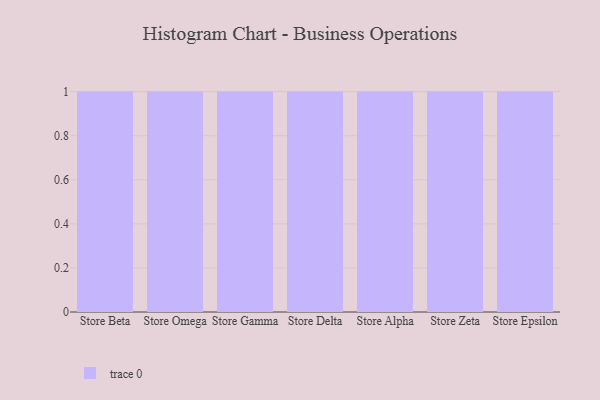
{"axis": {"x": "Store", "y": "Backlog"}, "legend": [""], "data": [{"x": "Store Beta", "y": 8, "type": ""}, {"x": "Store Omega", "y": 44, "type": ""}, {"x": "Store Gamma", "y": 75, "type": ""}, {"x": "Store Delta", "y": 33, "type": ""}, {"x": "Store Alpha", "y": 45, "type": ""}, {"x": "Store Zeta", "y": 84, "type": ""}, {"x": "Store Epsilon", "y": 15, "type": ""}]}